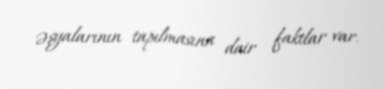
əşyalarının tapılmasına dair faktlar var.